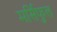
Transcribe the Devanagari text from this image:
मर्सिफुल